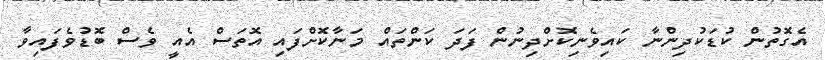
އެގޮތުން ކުޑަކުދިންނާ ކައިވެނިކޮށްދިނުން ފަދަ ކަންތައް މަނާކޮށްފައި އޮތަސް އެއީ ވެސް ބޮޑުވެފައިވާ